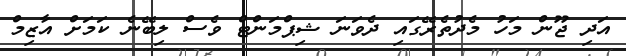
އަދި ޖޫން މަހު މެދުތެރޭގައި ދެވަނަ ޝިޕްމަންޓް ވެސް ލިބޭނެ ކަމަށް އާޒިމް